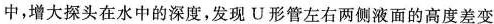
中，增大探头在水中的深度，发现U形管左右两侧液面的高度差变